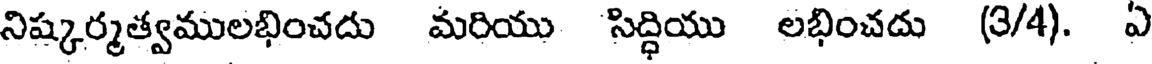
నిష్కర్మత్వములభించదు మరియు సిద్ధియు లభించదు (3/4). ఏ